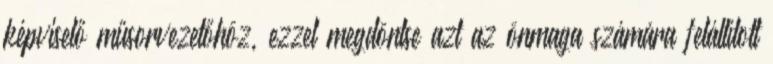
képviselő műsorvezetőhöz, ezzel megdöntse azt az önmaga számára felállított